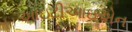
આઇટીઆઇએન